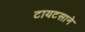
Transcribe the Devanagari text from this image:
टायटसाने